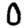
Digit: 0